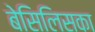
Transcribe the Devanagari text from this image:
बेसिलिसका